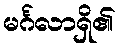
မင်္ဂလာရှိ၏